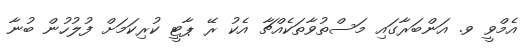
އެމްވީ ވ. އަންބަރާގައި މަސްތުވާތަކެއްޗާ އެކު ރޭ ޕާޓީ ކުރިކަމަށް ފުލުހުން ބުނާ